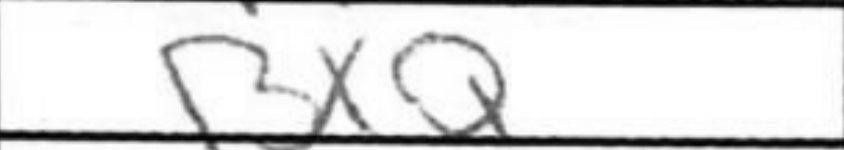
Transcription: BxQ